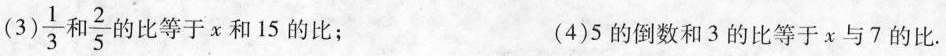
(4)\frac{1}{3}和\frac{2}{5}的比等于x和15的比； (4)5的倒数和3的比等于x与7的比.